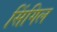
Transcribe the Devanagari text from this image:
सिंगिल